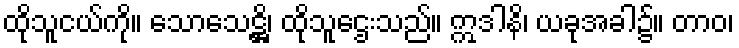
ထိုသူငယ်ကို။ သောသေဋ္ဌိ၊ ထိုသူဌေးသည်။ ဣဒါနိ၊ ယခုအခါ၌။ တာဝ၊